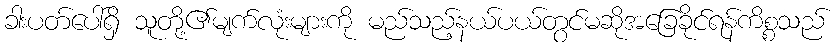
ခါးပတ်ပေါ်ရှိ သူတို့၏မျက်လုံးများကို မည်သည့်နယ်ပယ်တွင်မဆိုအခြေခိုင်ရန်ကိစ္စသည်